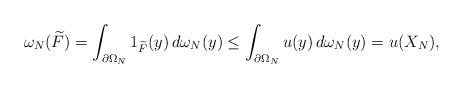
LaTeX: \begin{align*}\omega_{N}(\widetilde{F})=\int_{\partial \Omega_{N}} 1_{\widetilde{F}}(y)\, d\omega_{N}(y)\le\int_{\partial \Omega_{N}} u(y)\, d\omega_{N}(y)=u(X_N),\end{align*}